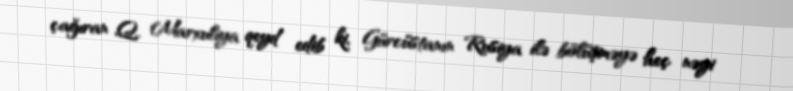
çağıran Q. Marxuliya qeyd edib ki, Gürcüstanın Rusiya ilə bölüşməyə heç nəyi